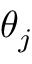
\theta _ { j }